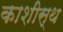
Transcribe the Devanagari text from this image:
काशीस्थ